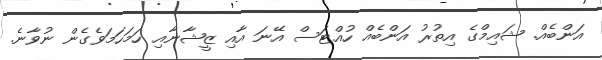
އަންބެއް. ޝައިމްގެ އިތުރު އަންބެއް ހުއްޓަސް އޭނަ އާއި ޒީޝާނާއި ހަމަހަމަވެގެން ނުވާނެ.